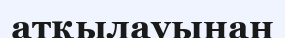
атқылауынан